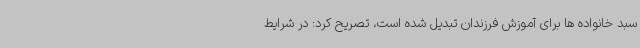
سبد خانواده ها برای آموزش فرزندان تبدیل شده است، تصریح کرد: در شرایط